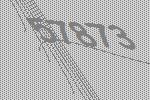
57873